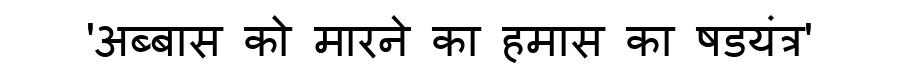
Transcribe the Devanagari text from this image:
'अब्बास को मारने का हमास का षडयंत्र'